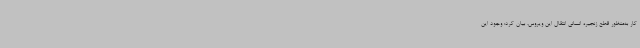
کار به‌منظور قطع زنجیره انسانی انتقال این ویروس، بیان کرد: وجود این